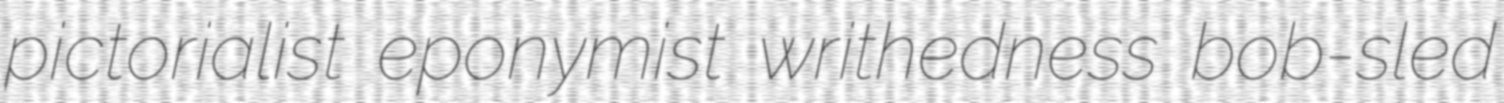
pictorialist eponymist writhedness bob-sled